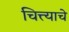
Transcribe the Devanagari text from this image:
चित्त्याचे